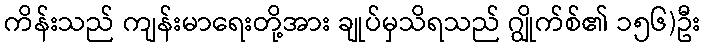
ကိန်းသည် ကျန်းမာရေးတို့အား ချုပ်မှသိရသည် ဂျွိုက်စ်၏ ၁၅၆)ဦး